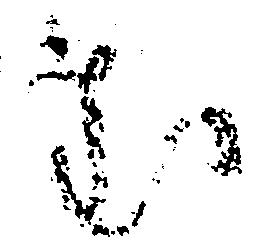
む